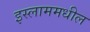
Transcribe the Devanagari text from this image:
इस्लाममधील